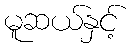
မူဆယ်နှင့်